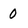
Character: 0